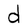
Character: d